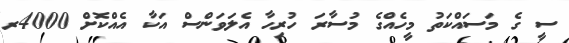
ސީ ގެ މަސައްކަތު މީހެއްގެ މުސާރަ ހުރިހާ އެލަވަންސް އަކާ އެއްކޮށް 4000ރ